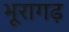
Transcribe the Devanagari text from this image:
भूरागढ़